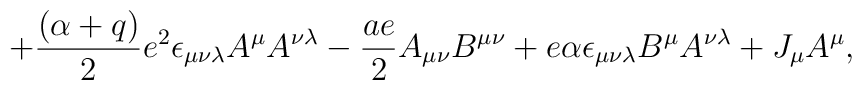
+{{(\alpha+q)}\over 2}e^2\epsilon_{\mu\nu\lambda}A^\mu A^{\nu\lambda}-{{ae}\over 2}A_{\mu\nu}B^{\mu\nu}+e\alpha\epsilon_{\mu\nu\lambda}B^\mu A^{\nu\lambda} +J_\mu A^\mu,